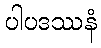
ပါပဒဿနံ